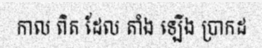
កាល ពិត ដែល តាំង ឡើង ប្រាកដ